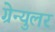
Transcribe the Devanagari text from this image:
ग्रेन्युलर